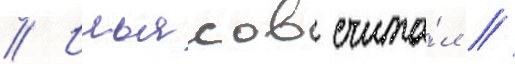
// Ильясов счита́л /